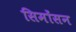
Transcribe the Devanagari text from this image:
सिमोंसन